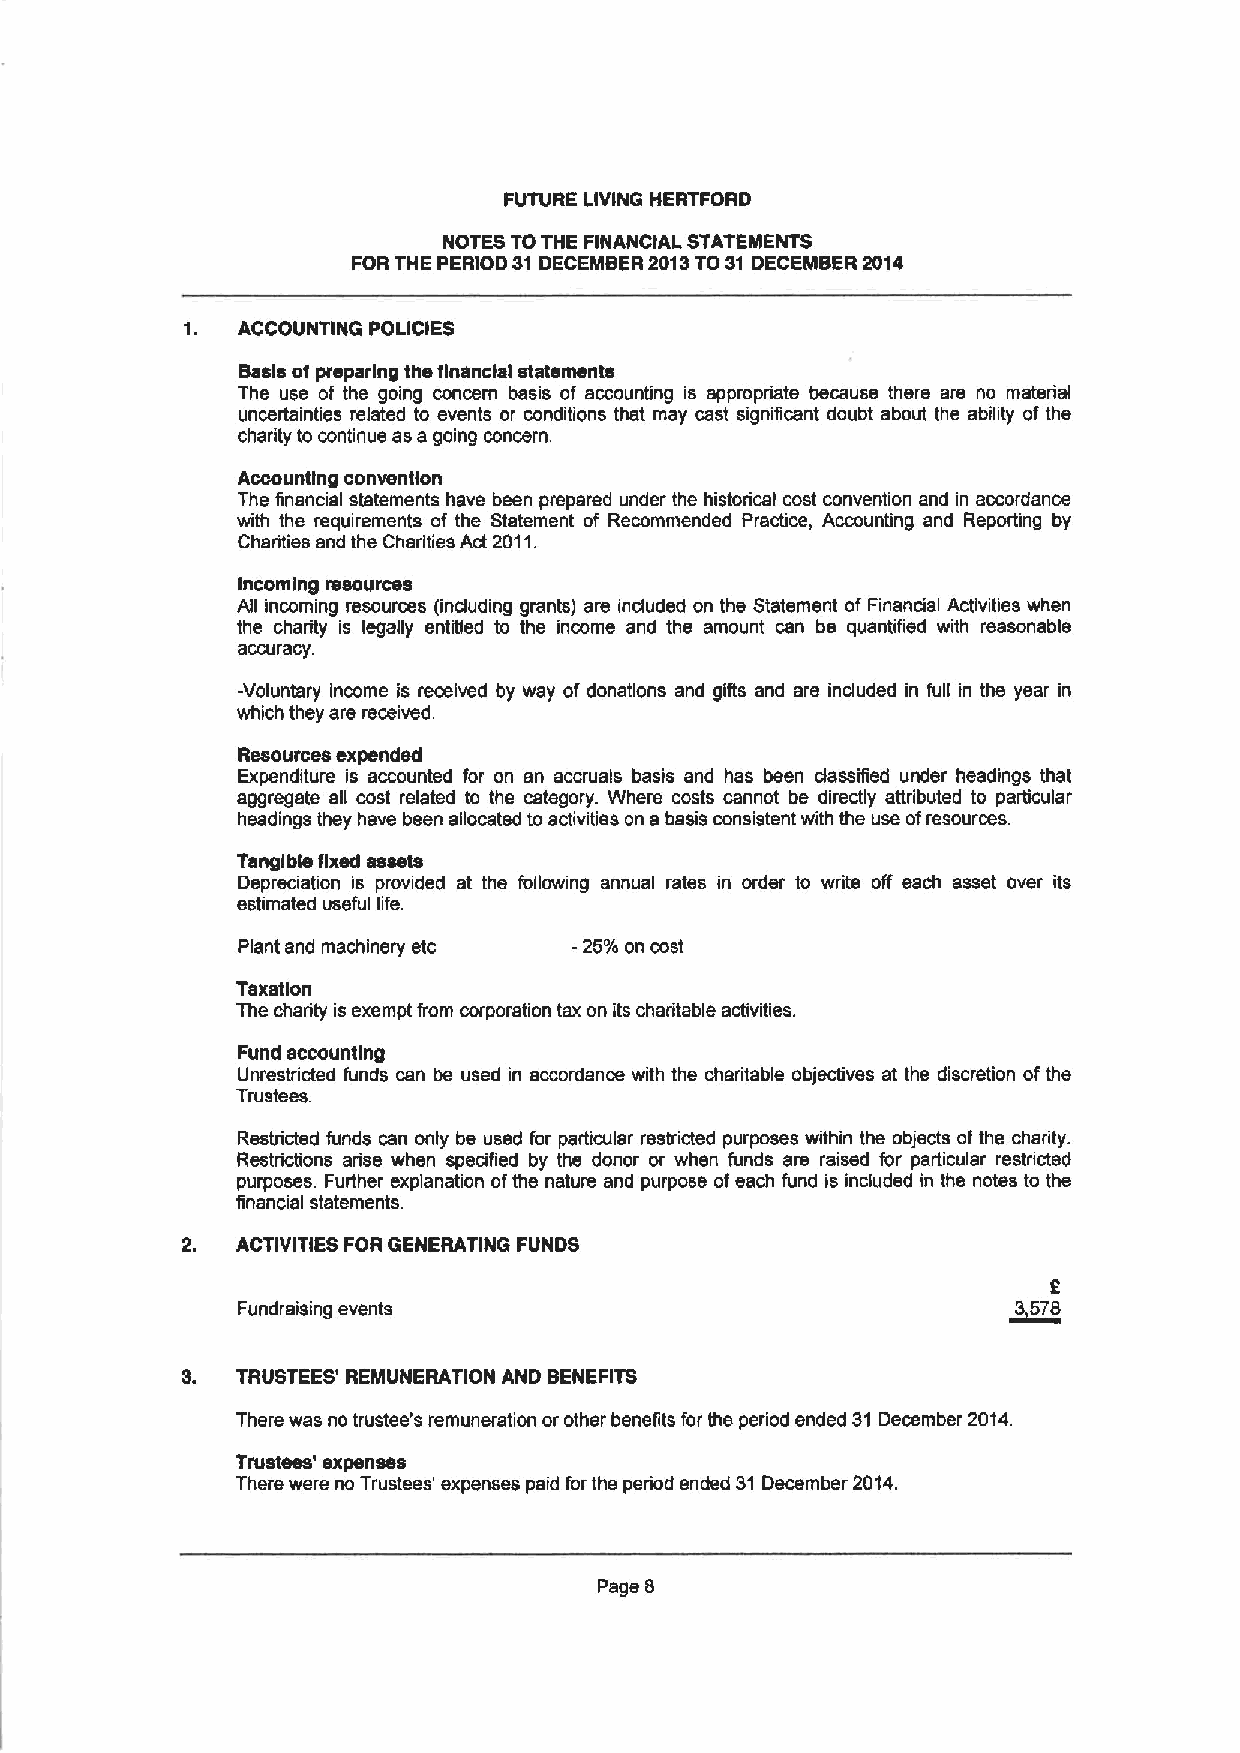
FUTURE LIVING HERTFORD
 NOTES TOTHE FINANCIAL STATEMENTS
 FOR THE PERIOD 31DECEMBER2013TO 31 DECEMBER 2014
 1.  ACCOUNTING POLICIES
 Basis of preparing the financial statements
 The use of the going concern basis of accounting is appropriate because there are no material
 uncertainties related to events or conditions that msy cast significant doubt about the abihty of the
 charity to continue as a going concern.
 Accounting convention
 The financial statements have been prepared under the historical cost convention and in accordance
 with the requirements of the Statement of Recommended Practice, Accounting and Reporting by
 Charities and the Charities Act 2011.
 Incoming resources
 Afi incoming resources (induding grants) are induded on the Statement of Financial Activities when
 the charity is legally entitled to the income and the amount can be quantified with reasonable
 accuracy.
 -Voluntary income is received by way of donations and gifis and are induded in full in the year in
 which they are received.
 Resources expended
 Expenditure is accounted for on an accruals basis and has been dassified under headings that
 aggregate afi cost related to the category. Where costs cannot be directly attributed to particular
 headings they have been allocated to activities on a basis consistent with the use ofresources
 Tangible fixed assets
 Depreciation is provided at the followmg annual rates in order to write off each asset over its
 estimated useful life.
 Plant and machinery etc -25/6 on cost
 Taxation
 The charity is exempt from corporation tax on its charitable activities.
 Fund accounting
 Unrestricted funds can be used in accordance with the charitable objectives at the discretion ofthe
 Trustees.
 Restricted funds can only be used for particular restricted purposes within the objects of the charity.
 Restrictions arise when specified by the donor or when funds are raised for particular restricted
 purposes. Further explanation ofthe nature and purpose ofeach fund is included in the notes to the
 financial statements.
 ACTIVITIES FOR GENERATING FUNDS
 2
 Fundraising events                                 ~3578
 3.  TRUSTEES' REMUNERATION AND BENEFITS
 There was no trustee's remuneration or other benefits for the period ended 31December 2014.
 Trustees' expenses
 There were no Trustees' expenses paid for the period ended 31 December 2014.
 Page 8